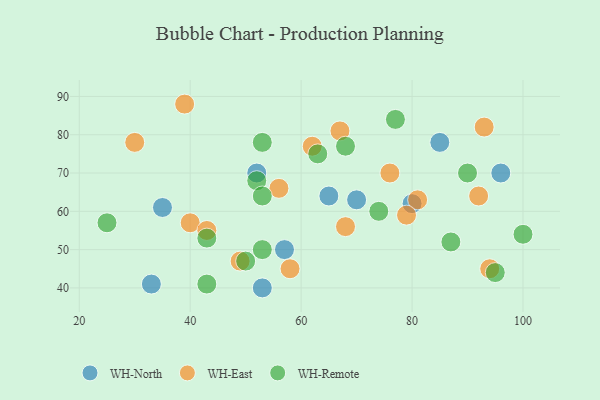
{"axis": {"x": "GDP", "y": "Life Expectancy"}, "legend": ["WH-East", "WH-North", "WH-Remote"], "data": [{"x": "33", "y": 41, "type": "WH-North"}, {"x": "80", "y": 62, "type": "WH-North"}, {"x": "96", "y": 70, "type": "WH-North"}, {"x": "35", "y": 61, "type": "WH-North"}, {"x": "85", "y": 78, "type": "WH-North"}, {"x": "70", "y": 63, "type": "WH-North"}, {"x": "52", "y": 70, "type": "WH-North"}, {"x": "65", "y": 64, "type": "WH-North"}, {"x": "53", "y": 40, "type": "WH-North"}, {"x": "57", "y": 50, "type": "WH-North"}, {"x": "81", "y": 63, "type": "WH-East"}, {"x": "30", "y": 78, "type": "WH-East"}, {"x": "40", "y": 57, "type": "WH-East"}, {"x": "49", "y": 47, "type": "WH-East"}, {"x": "43", "y": 55, "type": "WH-East"}, {"x": "56", "y": 66, "type": "WH-East"}, {"x": "94", "y": 45, "type": "WH-East"}, {"x": "92", "y": 64, "type": "WH-East"}, {"x": "79", "y": 59, "type": "WH-East"}, {"x": "93", "y": 82, "type": "WH-East"}, {"x": "68", "y": 56, "type": "WH-East"}, {"x": "67", "y": 81, "type": "WH-East"}, {"x": "39", "y": 88, "type": "WH-East"}, {"x": "58", "y": 45, "type": "WH-East"}, {"x": "62", "y": 77, "type": "WH-East"}, {"x": "76", "y": 70, "type": "WH-East"}, {"x": "43", "y": 53, "type": "WH-Remote"}, {"x": "90", "y": 70, "type": "WH-Remote"}, {"x": "53", "y": 50, "type": "WH-Remote"}, {"x": "53", "y": 78, "type": "WH-Remote"}, {"x": "52", "y": 68, "type": "WH-Remote"}, {"x": "63", "y": 75, "type": "WH-Remote"}, {"x": "43", "y": 41, "type": "WH-Remote"}, {"x": "100", "y": 54, "type": "WH-Remote"}, {"x": "74", "y": 60, "type": "WH-Remote"}, {"x": "50", "y": 47, "type": "WH-Remote"}, {"x": "95", "y": 44, "type": "WH-Remote"}, {"x": "68", "y": 77, "type": "WH-Remote"}, {"x": "87", "y": 52, "type": "WH-Remote"}, {"x": "77", "y": 84, "type": "WH-Remote"}, {"x": "53", "y": 64, "type": "WH-Remote"}, {"x": "25", "y": 57, "type": "WH-Remote"}]}